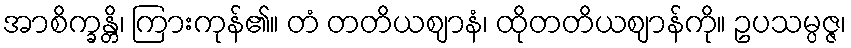
အာစိက္ခန္တိ၊ ကြားကုန်၏။ တံ တတိယဈာနံ၊ ထိုတတိယဈာန်ကို။ ဥပသမ္ပဇ္ဇ၊